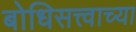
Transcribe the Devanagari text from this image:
बोधिसत्त्वाच्या